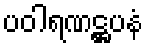
ပဝါရဏဋ္ဌပနံ